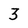
Character: 3